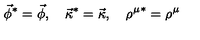
\vec { \phi } ^ { * } = \vec { \phi } , \quad \vec { \kappa } ^ { * } = \vec { \kappa } , \quad { \rho ^ { \mu } } ^ { * } = \rho ^ { \mu }